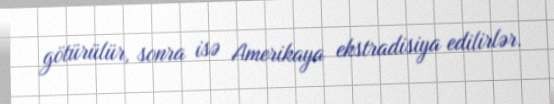
götürülür, sonra isə Amerikaya ekstradisiya edilirlər.